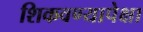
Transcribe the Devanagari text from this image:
शिकवण्यापेक्षा